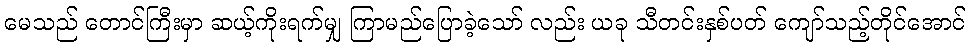
မေသည် တောင်ကြီးမှာ ဆယ့်ကိုးရက်မျှ ကြာမည်ပြောခဲ့သော် လည်း ယခု သီတင်းနှစ်ပတ် ကျော်သည့်တိုင်အောင်